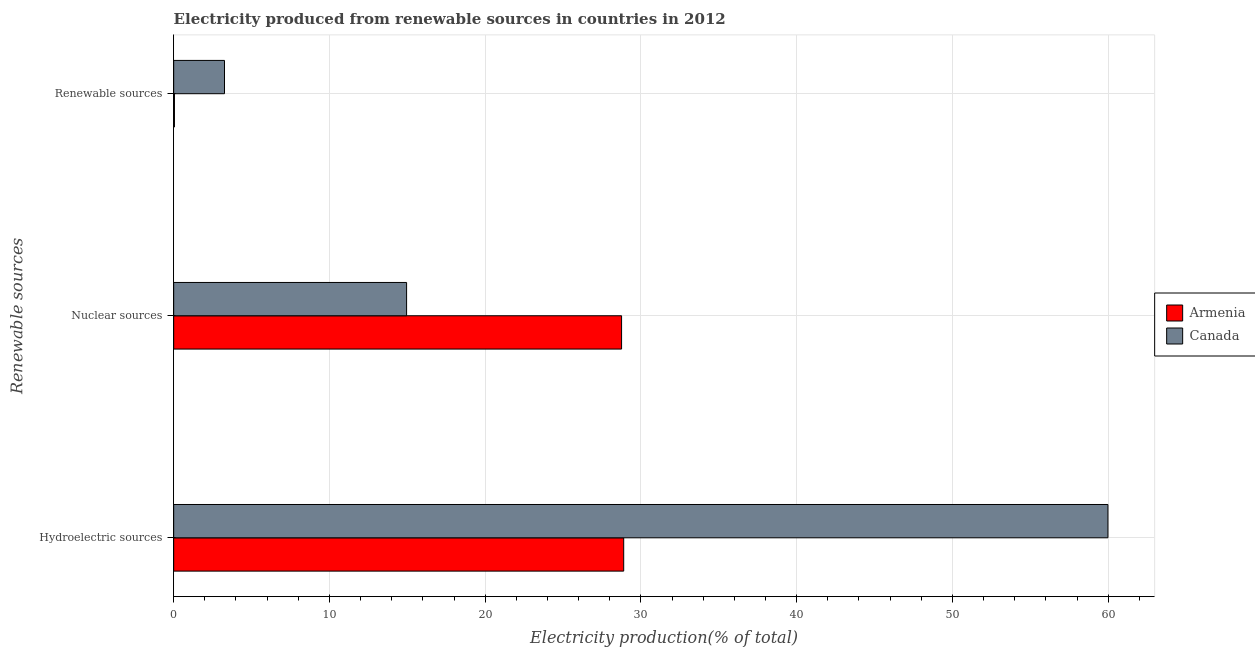
| Renewable sources | Armenia | Canada |
 | --- | --- | --- |
 | Hydroelectric sources | 28.9 | 60 |
 | Nuclear sources | 28.8 | 15 |
 | Renewable sources | 0.0498 | 3.26 |